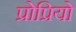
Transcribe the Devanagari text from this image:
प्रोप्रियो